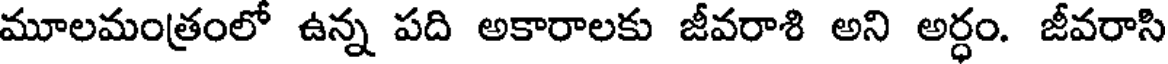
మూలమంత్రంలో ఉన్న పది అకారాలకు జీవరాశి అని అర్ధం. జీవరాసి